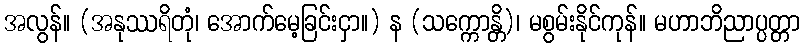
အလွန်။ (အနုဿရိတုံ၊ အောက်မေ့ခြင်းငှာ။) န (သက္ကောန္တိ)၊ မစွမ်းနိုင်ကုန်။ မဟာဘိညာပ္ပတ္တာ